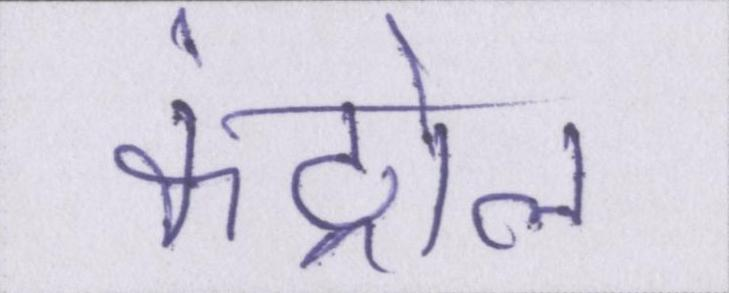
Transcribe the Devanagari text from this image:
कंट्रोल